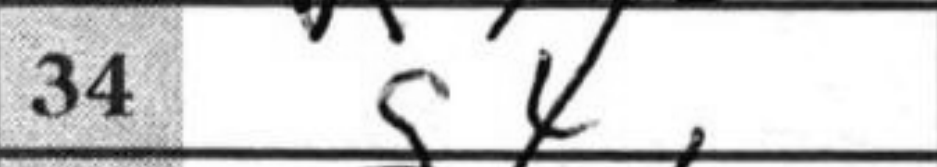
Transcription: g4